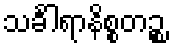
သင်္ခါရာနိစ္စတဉ္စ